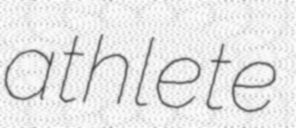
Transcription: athlete